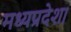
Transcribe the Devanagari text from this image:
मध्‍यप्रदेश।